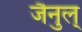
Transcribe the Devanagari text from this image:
जैनुल्